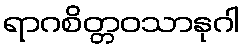
ရာဂစိတ္တဝသာနုဂါ